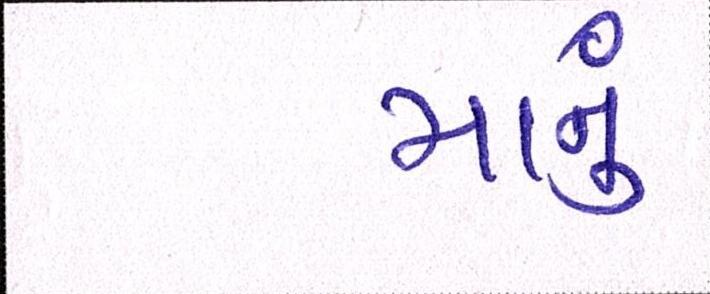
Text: માનું